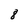
Character: 8